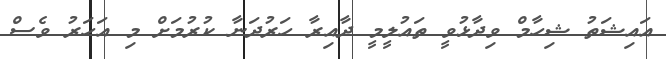
އައިޝަތު ޝިހާމް ވިދާޅުވީ ތައުލީމީ ދާއިރާ ހަރުދަނާ ކުރުމަށް މި އަހަރު ވެސް